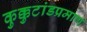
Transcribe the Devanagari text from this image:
कुक्कुटांडप्रमाण